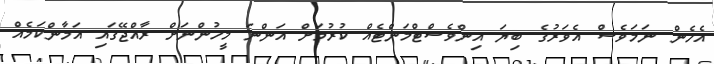
އެހެން ނަމަވެސް އެވަރުގެ ބިޔަ އިންވެސްޓްމަންޓެއް ކުރުމަށް އަންނަ މީހުންނަށް ރާއްޖޭގަައި އަމާންކަމެއް